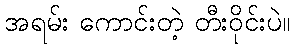
အရမ်း ကောင်းတဲ့ တီးဝိုင်းပဲ။